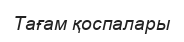
Тағам қоспалары